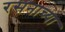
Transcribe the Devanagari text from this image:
रसनाच्या